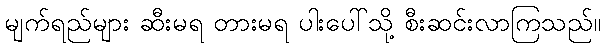
မျက်ရည်များ ဆီးမရ တားမရ ပါးပေါ်သို့ စီးဆင်းလာကြသည်။